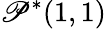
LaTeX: \mathscr{P}^{*}(1,1)